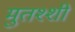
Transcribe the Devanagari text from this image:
मुतश्शी